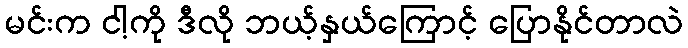
မင်းက ငါ့ကို ဒီလို ဘယ့်နှယ်ကြောင့် ပြောနိုင်တာလဲ